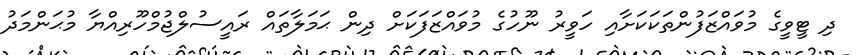
ދި ޓީވީގެ މުވައްޒަފުންތަކަކަށާއި ހަވީރު ނޫހުގެ މުވައްޒަފަކަށް ދިން ޙަމަލާތައް ރައީސުލްޖުމްހޫރިއްޔާ މުޙަންމަދު